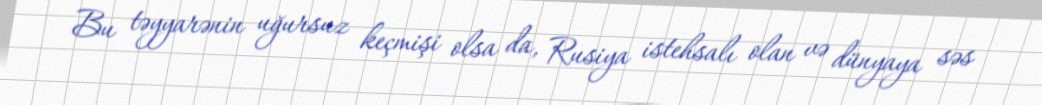
Bu təyyarənin uğursuz keçmişi olsa da, Rusiya istehsalı olan və dünyaya səs